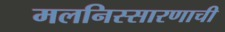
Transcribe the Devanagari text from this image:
मलनिस्सारणाची